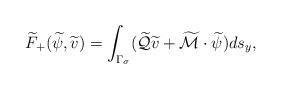
LaTeX: \begin{align*} \widetilde{F}_+( \widetilde{\psi}, \widetilde{v})= \int_{\Gamma_\sigma} (\widetilde{{\cal{Q}}} \widetilde{v} + \widetilde{{\cal{M}}}\cdot \widetilde{\psi})ds_y,\end{align*}